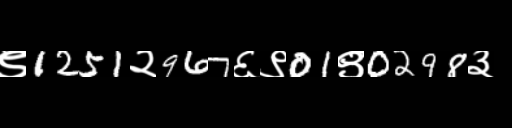
Text: ९1251२967६९01९0298३